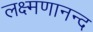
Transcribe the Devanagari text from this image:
लक्ष्मणानन्द